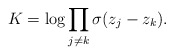
\begin{align*}K = \log \prod_{j \neq k} \sigma(z_j - z_k).\end{align*}